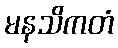
မနသိကတံ